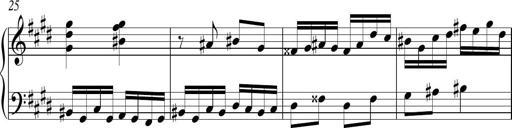
Title: Ten Piano Sonatinas
Composer: Andreas Sain